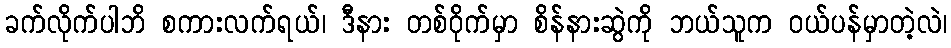
ခက်လိုက်ပါဘိ စကားလက်ရယ်၊ ဒီနား တစ်ဝိုက်မှာ စိန်နားဆွဲကို ဘယ်သူက ဝယ်ပန်မှာတဲ့လဲ၊